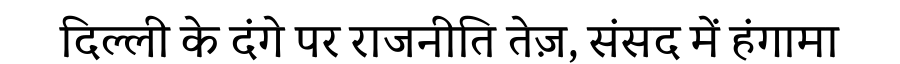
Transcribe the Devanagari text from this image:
दिल्ली के दंगे पर राजनीति तेज़, संसद में हंगामा